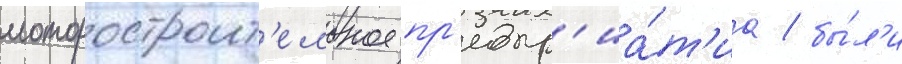
моторостроит'ельное пр'едпр'иа́т'иа / бы́л'и